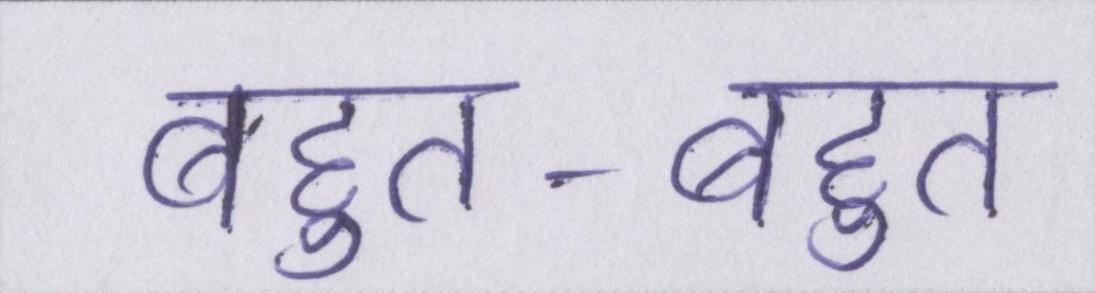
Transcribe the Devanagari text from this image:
बहुत-बहुत